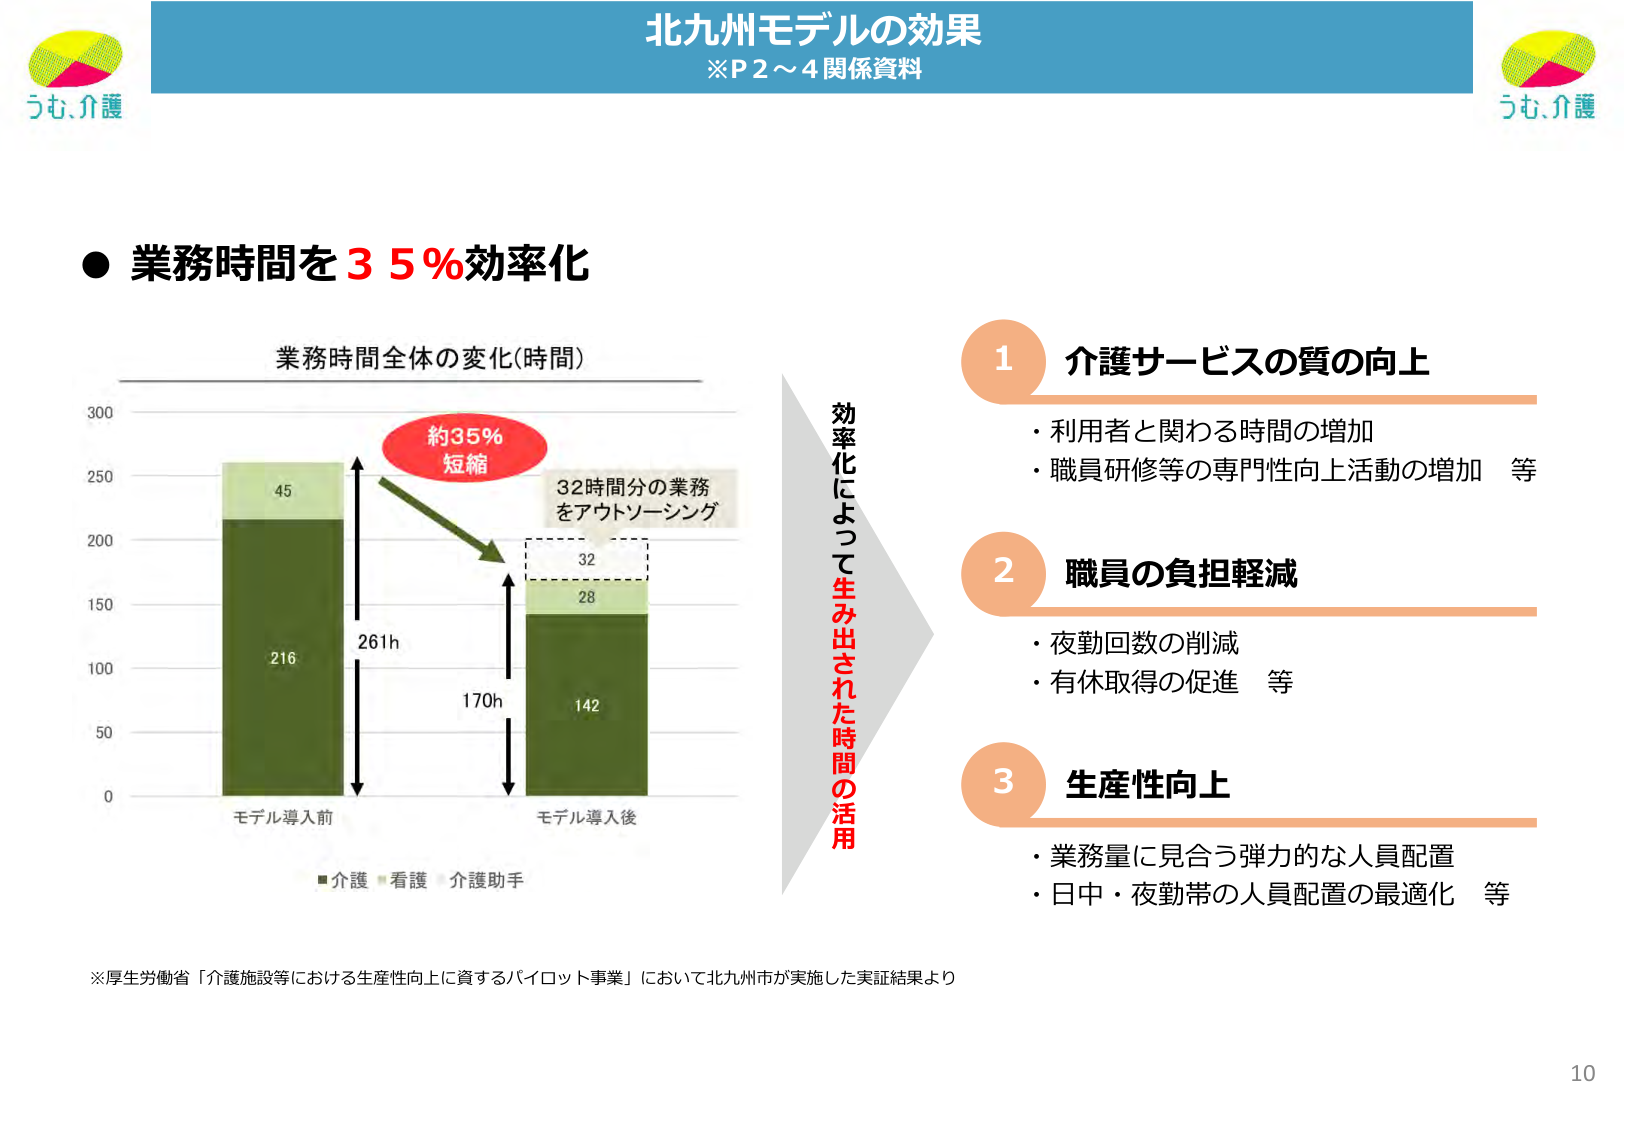
北九州モデルの効果
※P2～4 関係資料

うも、介護

● 業務時間を35%効率化

業務時間全体の変化（時間）

300
250
200
150
100
50
0

モデル導入前
216
45
261h

モデル導入後
142
28
170h

■介護 ■看護 ■介護助手

約35%
短縮

32時間分の業務
をアウトソーシング
32

効率化によって生み出された時間の活用

1 介護サービスの質の向上
・利用者と関わる時間の増加
・職員研修等の専門性向上活動の増加 等

2 職員の負担軽減
・夜勤回数の削減
・有休取得の促進 等

3 生産性向上
・業務量に見合う弾力的な人員配置
・日中・夜勤帯の人員配置の最適化 等

※厚生労働省「介護施設等における生産性向上に資するパイロット事業」において北九州市が実施した実証結果より

うも、介護

10